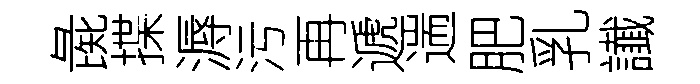
彘揲溽污再遞遄肥乳䜟